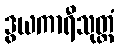
ဒွယကာရီသုတ္တံ